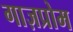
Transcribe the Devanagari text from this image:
गाज़प्रोम